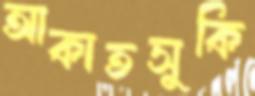
আকাতসুকি